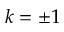
k = \pm 1